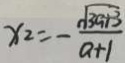
x _ { 2 } = - \frac { \sqrt { 3 a + 3 } } { a + 1 }